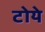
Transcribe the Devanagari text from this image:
टोये